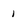
Character: 1